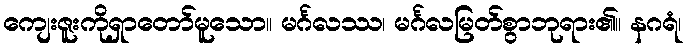
ကျေးဇူးကိုရှာတော်မူသော။ မင်္ဂလဿ၊ မင်္ဂလမြတ်စွာဘုရား၏။ နဂရံ၊